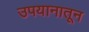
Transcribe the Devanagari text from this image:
उपयानातून